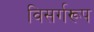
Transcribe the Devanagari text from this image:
विसर्गरूप